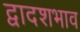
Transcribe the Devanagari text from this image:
द्वादशभाव